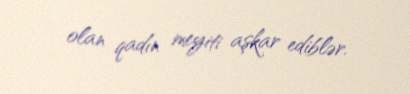
olan qadın meyiti aşkar ediblər.